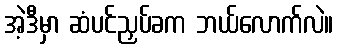
အဲ့ဒီမှာ ဆံပင်ညှပ်ခက ဘယ်လောက်လဲ။